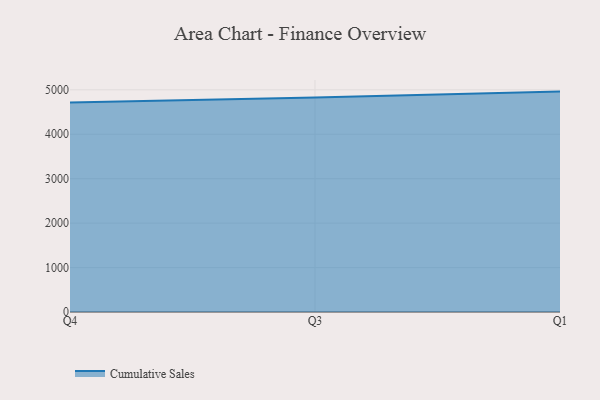
{"axis": {"x": "Quarter", "y": "Churn Rate (%)"}, "legend": ["Cumulative Sales"], "data": [{"x": "Q4", "y": 4715.0, "type": "Cumulative Sales"}, {"x": "Q3", "y": 4826.7, "type": "Cumulative Sales"}, {"x": "Q1", "y": 4960.2, "type": "Cumulative Sales"}]}